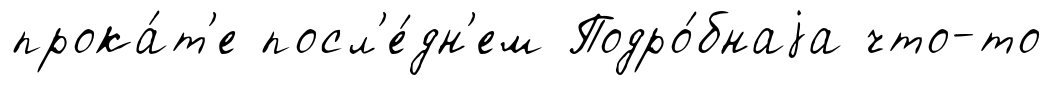
прока́т'е посл'е́дн'ем Подро́бнаjа что-то